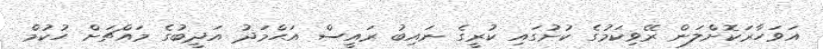
އަވަހާރަކޮށްލަން ރޭވިކަމުގެ ކުށުގައި ކުރީގެ ނައިބު ރައީސް އަޙްމަދު އަދީބުގެ މައްޗަށް ހުކުމް